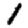
Digit: 1